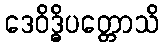
ဒေဝိဒ္ဓိပတ္တောသိ